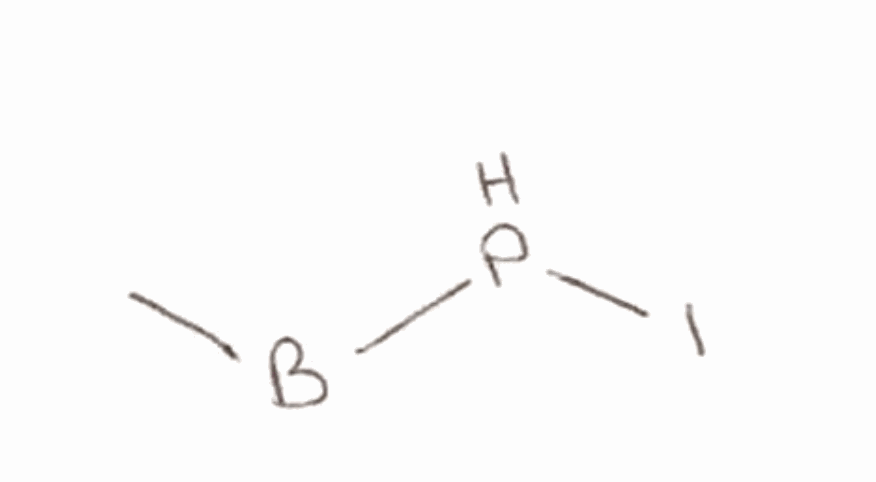
Simplified molecular-input line-entry system (SMILES) notation of the given molecule:
[B](C)PI